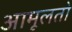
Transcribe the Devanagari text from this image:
आमूलतो